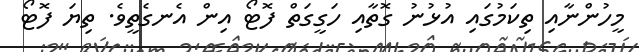
މީހުންނާއި ތިކަމުގައި އުޅުނު ގޮތާއި ހަގީގަތް ފޮޓޯ އިން އެނގެތީވެ. ތިޔަ ފޮޓޯ